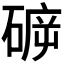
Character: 𱴡